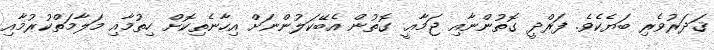
ޤަދަރުވެރި ބަޔެކެވެ. ފަރްދީ ގޮތުންނާއި ޖަމާޢީ ގޮތުން އެބޭކަލުންނަށް އިހާނެތިކޮށް ހިތުމާއި މަލާމަތްކުރުމާއި